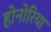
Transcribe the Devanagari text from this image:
होनोरिया